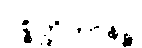
ပစ္စတ္ထိကာနဉ္စ